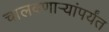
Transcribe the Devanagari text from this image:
चालवणार्‍यांपर्यंत